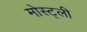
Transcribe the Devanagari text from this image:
मोस्ट्ली